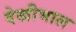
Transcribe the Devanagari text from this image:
देखीभाल